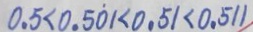
0 . 5 < 0 . 5 \dot { 0 } 1 < 0 . 5 1 < 0 . 5 1 1